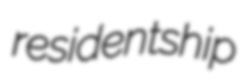
residentship